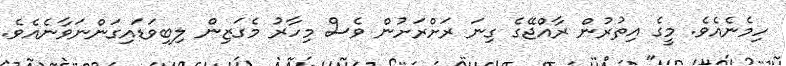
ހިމެނެއެވެ. މީގެ އިތުރުން ރާއްޖޭގެ ގިނަ ރަށްރަށުން ވެސް މިހާރު މެގަޒިން ލިބިވަޑައިގަންނަވާނެއެވެ.